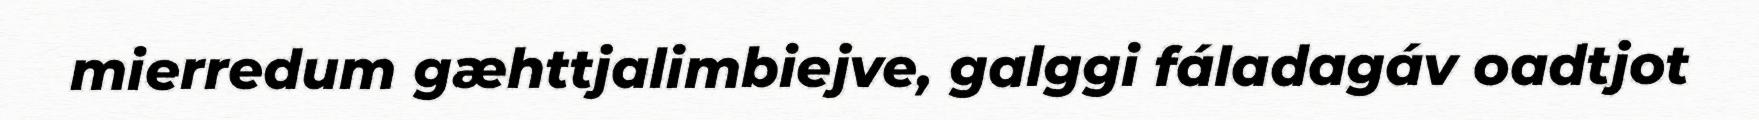
mierredum gæhttjalimbiejve, galggi fáladagáv oadtjot